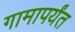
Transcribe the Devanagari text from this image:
गामापर्यंत